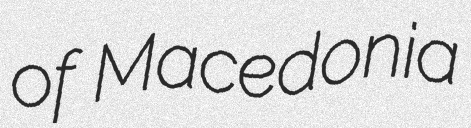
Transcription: of Macedonia